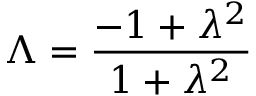
\Lambda = \frac { - 1 + \lambda ^ { 2 } } { 1 + \lambda ^ { 2 } }